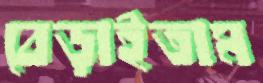
বেড়াইতাম